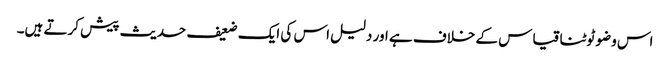
اس وضو ٹوٹنا قیاس کے خلاف ہے اور دلیل اس کی ایک ضعیف حدیث پیش کرتے ہیں۔